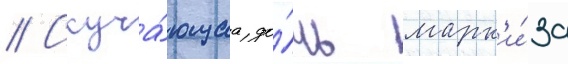
// Скуча́ющаа до́чь марк'и́за